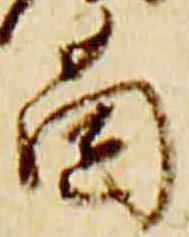
薗